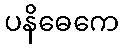
ပနိဓေကေ